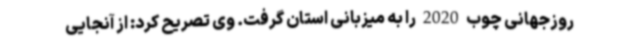
روزجهانی چوب 2020 را به میزبانی استان گرفت. وی تصریح کرد: از آنجایی